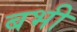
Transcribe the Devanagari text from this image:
बभी